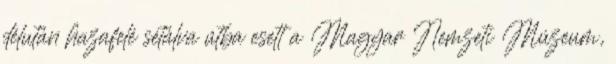
délután hazafelé sétálva útba esett a Magyar Nemzeti Múzeum,